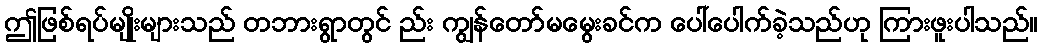
ဤဖြစ်ရပ်မျိုးများသည် တဘားရွာတွင် ည်း ကျွန်တော်မမွေးခင်က ပေါ်ပေါက်ခဲ့သည်ဟု ကြားဖူးပါသည်။